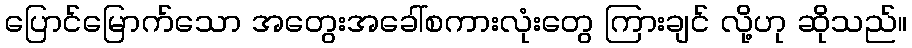
ပြောင်မြောက်သော အတွေးအခေါ်စကားလုံးတွေ ကြားချင် လို့ဟု ဆိုသည်။